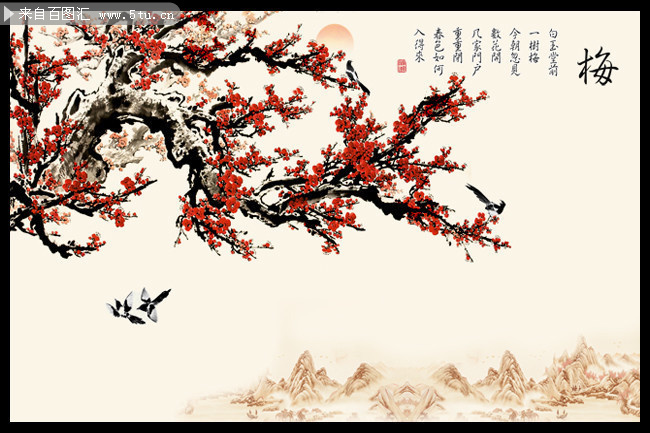
风送梅花过小桥，飘飘。